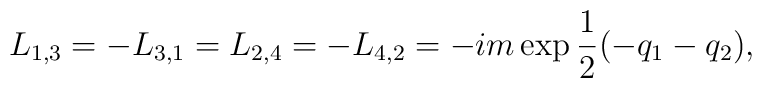
L_{1,3}=-L_{3,1}=L_{2,4}=-L_{4,2}=-im\exp{1\over 2}(-q_1-q_2),